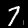
Digit: 7